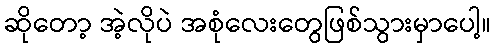
ဆိုတော့ အဲ့လိုပဲ အစုံလေးတွေဖြစ်သွားမှာပေါ့။